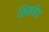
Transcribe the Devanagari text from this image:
सिमरिप